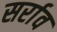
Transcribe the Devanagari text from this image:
सर्राव